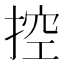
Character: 控